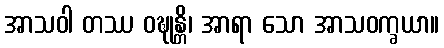
အာသဝါ တဿ ဝဍ္ဎုန္တိ၊ အာရာ သော အာသဝက္ခယာ။